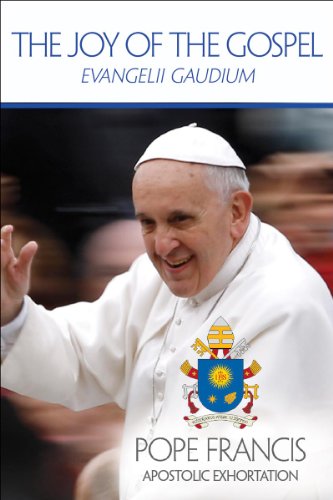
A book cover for The Joy of the Gospel: Evangelii Gaudium (Publication / United States Conference of Catholic Bishops); Pope Francis; Christian Books & Bibles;